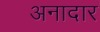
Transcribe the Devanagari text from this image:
अनादार